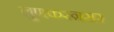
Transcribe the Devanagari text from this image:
लुणकरऩसर